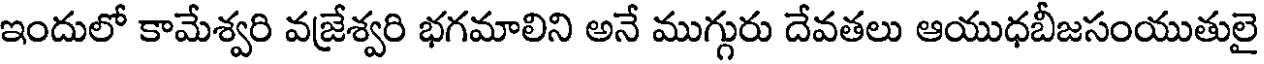
ఇందులో కామేశ్వరి వజ్రేశ్వరి భగమాలిని అనే ముగ్గురు దేవతలు ఆయుధబీజసంయుతులై